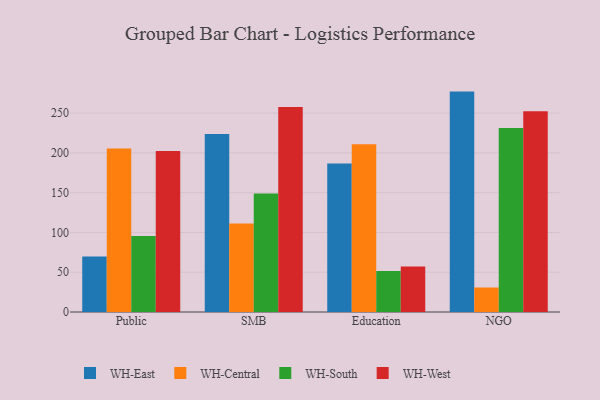
{"axis": {"x": "Segment", "y": "Latency (ms)"}, "legend": ["WH-Central", "WH-East", "WH-South", "WH-West"], "data": [{"x": "Public", "y": 69.8, "type": "WH-East"}, {"x": "Public", "y": 205.7, "type": "WH-Central"}, {"x": "Public", "y": 95.6, "type": "WH-South"}, {"x": "Public", "y": 202.3, "type": "WH-West"}, {"x": "SMB", "y": 223.8, "type": "WH-East"}, {"x": "SMB", "y": 111.4, "type": "WH-Central"}, {"x": "SMB", "y": 149.0, "type": "WH-South"}, {"x": "SMB", "y": 257.6, "type": "WH-West"}, {"x": "Education", "y": 186.8, "type": "WH-East"}, {"x": "Education", "y": 211.0, "type": "WH-Central"}, {"x": "Education", "y": 51.7, "type": "WH-South"}, {"x": "Education", "y": 57.3, "type": "WH-West"}, {"x": "NGO", "y": 277.1, "type": "WH-East"}, {"x": "NGO", "y": 30.8, "type": "WH-Central"}, {"x": "NGO", "y": 231.2, "type": "WH-South"}, {"x": "NGO", "y": 252.5, "type": "WH-West"}]}